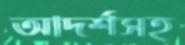
আদর্শসহ